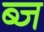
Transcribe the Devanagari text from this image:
ब्ज